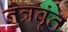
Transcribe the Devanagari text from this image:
नेत्रवृंत